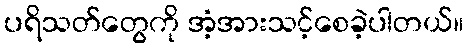
ပရိသတ်တွေကို အံ့အားသင့်စေခဲ့ပါတယ်။